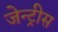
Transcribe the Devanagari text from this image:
जेन्ट्रीस